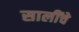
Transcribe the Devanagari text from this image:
सालींचे